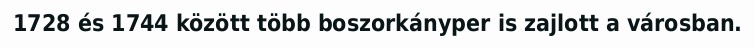
1728 és 1744 között több boszorkányper is zajlott a városban.